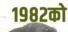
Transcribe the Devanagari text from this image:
१९८२को